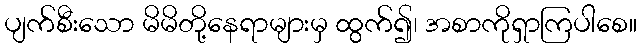
ပျက်စီးသော မိမိတို့နေရာများမှ ထွက်၍၊ အစာကိုရှာကြပါစေ။